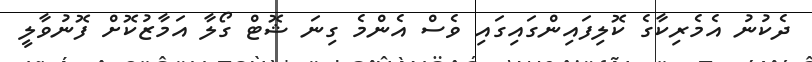
ދެކުނު އެމެރިކާގެ ކޮލިފައިންގައިގައި ވެސް އެންމެ ގިނަ ޝޮޓް ގޯލާ އަމާޒުކޮށް ފޮނުވާލީ